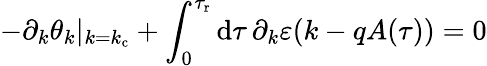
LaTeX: -\partial_{k}\theta_{k}\vert_{k=k_{\mathrm{c}}}+\int_{0}^{\tau_{\mathrm{r}}}\mathrm{d}\tau\, \partial_{k}\varepsilon(k-qA(\tau))=0